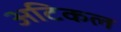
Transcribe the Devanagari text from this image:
अटिकल